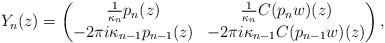
LaTeX: \begin{align*}Y_n(z) = \begin{pmatrix}\frac{1}{\kappa_n} p_n(z) & \frac{1}{\kappa_n} C(p_n w)(z) \\-2\pi i \kappa_{n-1} p_{n-1}(z) & -2\pi i \kappa_{n-1} C(p_{n-1} w)(z)\end{pmatrix},\end{align*}